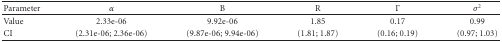
| Parameter | α | B | R | Γ | σ2 |
 | --- | --- | --- | --- | --- | --- |
 | Value | 2.33e-06 | 9.92e-06 | 1.85 | 0.17 | 0.99 |
 | CI | (2.31e-06; 2.36e-06) | (9.87e-06; 9.94e-06) | (1.81; 1.87) | (0.16; 0.19) | (0.97; 1.03) |